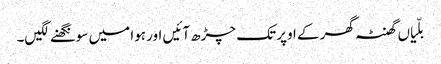
بلّیاں گھنٹہ گھر کے اوپر تک چڑھ آئیں اور ہوا میں سونگھنے لگیں۔